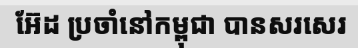
អ៊ែដ ប្រចាំនៅកម្ពុជា បានសរសេរ